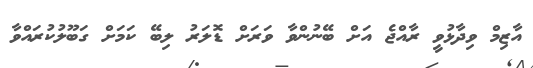
އާޒިމް ވިދާޅުވީ ރާއްޖެ އަށް ބޭނުންވާ ވަރަށް ޑޮލަރު ލިބޭ ކަމަށް ގަބޫލުކުރައްވާ